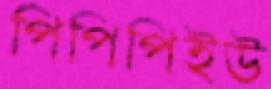
পিপিপিইউ